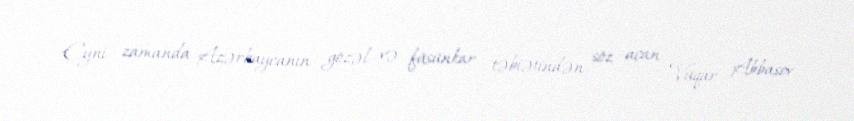
Eyni zamanda Azərbaycanın gözəl və füsünkar təbiətindən söz açan Vüqar Abbasov